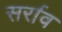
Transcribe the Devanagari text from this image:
सर्राव